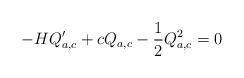
LaTeX: \begin{align*}-HQ_{a,c}' + cQ_{a,c} - \frac12 Q_{a,c}^2=0\end{align*}